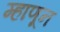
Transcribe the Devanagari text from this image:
म्हाणून